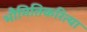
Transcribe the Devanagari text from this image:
भौमितिकरित्या